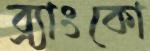
ব্র্যাংকো